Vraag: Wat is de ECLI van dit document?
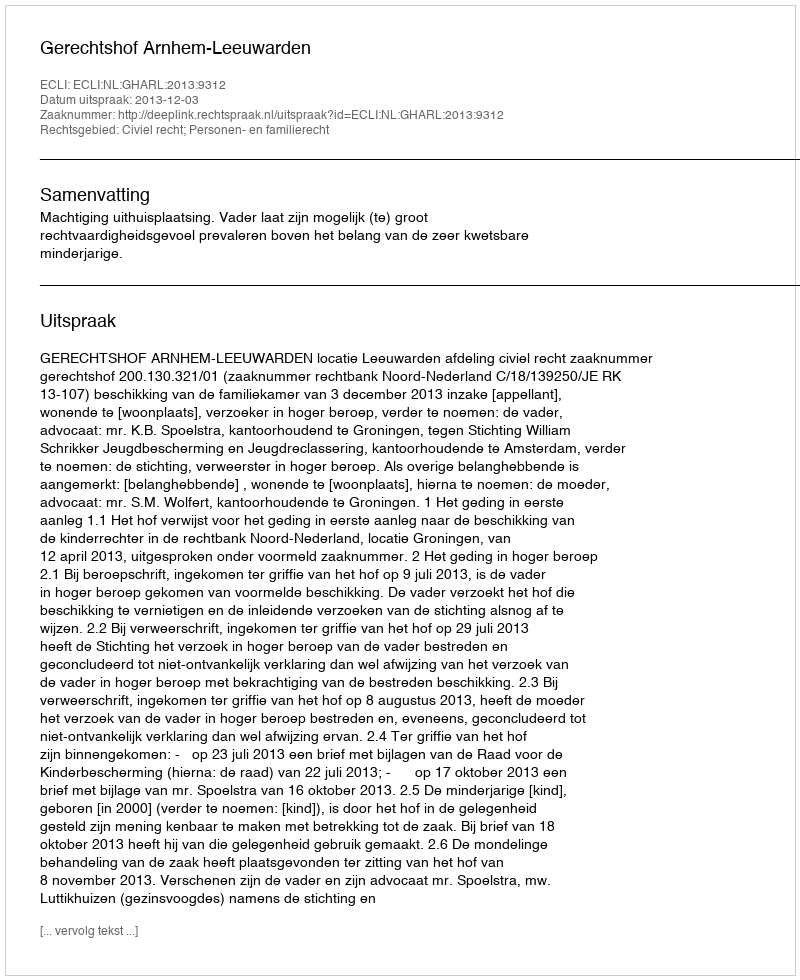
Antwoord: ECLI:NL:GHARL:2013:9312